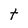
Character: t